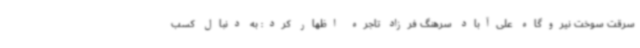
سرقت سوخت نیروگاه علی‌آباد سرهنگ فرزاد تاجره اظهار کرد: به دنبال کسب